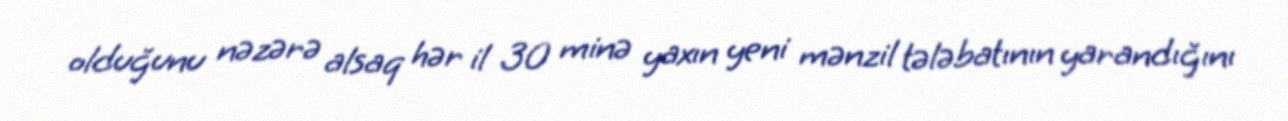
olduğunu nəzərə alsaq hər il 30 minə yaxın yeni mənzil tələbatının yarandığını